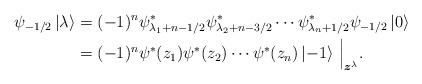
LaTeX: \begin{align*} \psi_{-1/2} \left| \lambda \right> & = (-1)^n \psi_{\lambda_1 + n - 1/2}^\ast \psi_{\lambda_2 + n - 3/2}^\ast \cdots \psi_{\lambda_n + 1/2}^\ast \psi_{-1/2} \left| 0 \right> \\& = (-1)^n \psi^\ast(z_1) \psi^\ast(z_2) \cdots \psi^\ast(z_n) \left| -1 \right> \, \Big\vert_{\boldsymbol{z}^{\lambda}}.\end{align*}